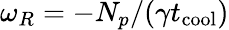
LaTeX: \omega_{R}=-N_{p}/(\gamma t_{\mathrm{cool}})